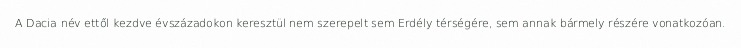
A Dacia név ettől kezdve évszázadokon keresztül nem szerepelt sem Erdély térségére, sem annak bármely részére vonatkozóan.